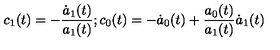
c _ { 1 } ( t ) = - \frac { \dot { a } _ { 1 } ( t ) } { a _ { 1 } ( t ) } ; c _ { 0 } ( t ) = - \dot { a } _ { 0 } ( t ) + \frac { a _ { 0 } ( t ) } { a _ { 1 } ( t ) } \dot { a } _ { 1 } ( t )